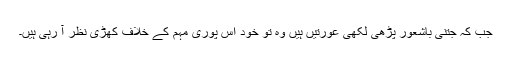
جب کہ جتنی باشعور پڑھی لکھی عورتیں ہیں وہ تو خود اس پوری مہم کے خلاف کھڑی نظر آ رہی ہیں۔